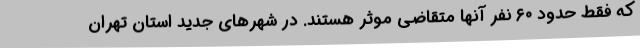
که فقط حدود ۶۰ نفر آنها متقاضی موثر هستند. در شهرهای جدید استان تهران